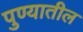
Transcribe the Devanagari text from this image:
पुण्‍यातील